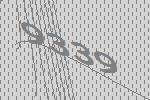
9339